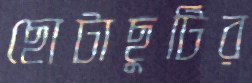
ছোটাছুটির